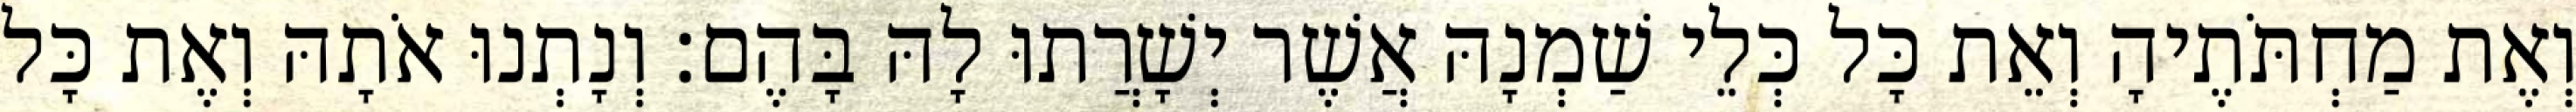
וְאֶת מַחְתֹּתֶיהָ וְאֵת כָּל כְּלֵי שַׁמְנָהּ אֲשֶׁר יְשָׁרֲתוּ לָהּ בָּהֶם׃ וְנָתְנוּ אֹתָהּ וְאֶת כָּל